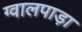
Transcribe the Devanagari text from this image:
ग्वालपाड़ा